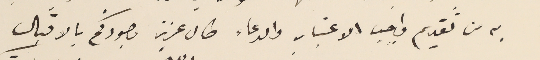
به من تقديم واجب الاعتبار والدعاء طال عزيز وجودكم بالاقبال